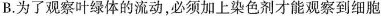
B.为了观察叶绿体的流动，必须加上染色剂才能观察到细胞